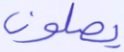
يصلون